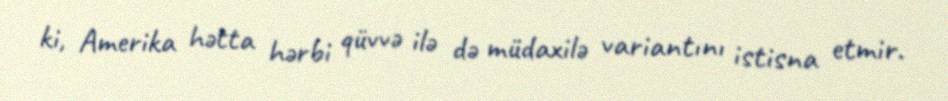
ki, Amerika hətta hərbi qüvvə ilə də müdaxilə variantını istisna etmir.